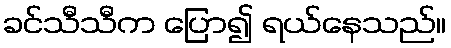
ခင်သီသီက ပြော၍ ရယ်နေသည်။